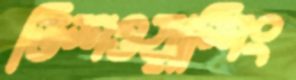
ডিশওয়াশিং